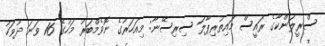
ސްރީލަންކާގެ ރައީސް މައިތުރިޕާލަ ސިރިސޭނާ: މިއަހަރުގެ ނޮވެމްބަރު މަހުގެ 16 ވަނަ ދުވަހު